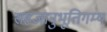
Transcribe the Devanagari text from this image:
सहजानुभूतिगम्य